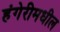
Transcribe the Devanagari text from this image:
हंगेरीमधील